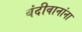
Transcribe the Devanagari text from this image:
बंदीवानांना